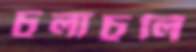
চুলাচুলি